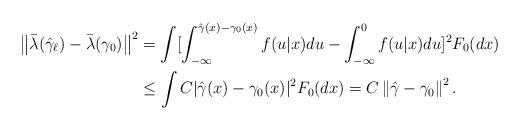
LaTeX: \begin{align*}\left\Vert \bar{\lambda}(\hat{\gamma}_{\ell})-\bar{\lambda}(\gamma_{0})\right\Vert ^{2} & =\int[\int_{-\infty}^{\hat{\gamma}(x)-\gamma_{0}(x)}f(u|x)du-\int_{-\infty}^{0}f(u|x)du]^{2}F_{0}(dx)\\& \leq\int C|\hat{\gamma}(x)-\gamma_{0}(x)|^{2}F_{0}(dx)=C\left\Vert\hat{\gamma}-\gamma_{0}\right\Vert ^{2}.\end{align*}